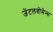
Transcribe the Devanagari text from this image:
जेंटलवोमेन्स